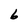
Character: 6